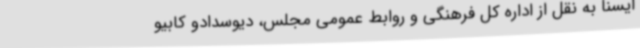
ایسنا به نقل از اداره کل فرهنگی و روابط عمومی مجلس، دیوسدادو کابیو